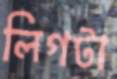
লিগটা